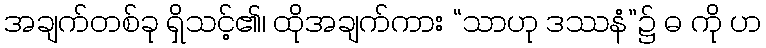
အချက်တစ်ခု ရှိသင့်၏၊ ထိုအချက်ကား “သာဟု ဒဿနံ”၌ ဓ ကို ဟ